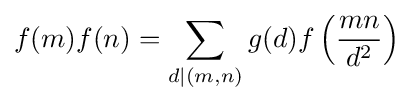
f(m)f(n)=\sum _{d\mid (m,n)}g(d)f\left({\frac {mn}{d^{2}}}\right)